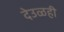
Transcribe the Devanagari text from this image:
देउळही